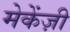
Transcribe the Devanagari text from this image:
मेकेंज़ी